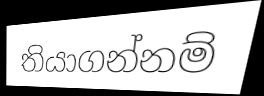
තියාගන්නම්